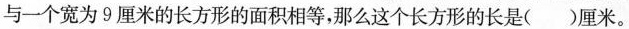
与一个宽为9厘米的长方形的面积相等，那么这个长方形的长是()厘米。